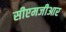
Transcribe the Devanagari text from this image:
सीएमजीआर